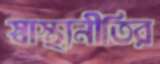
স্বাস্থ্যনীতির